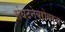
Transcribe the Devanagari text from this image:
संघटनेबरोबरच